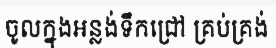
ចូលក្នុងអន្លង់ទឹកជ្រៅ គ្រប់គ្រង់